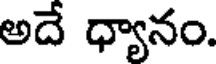
అదే ధ్యానం.